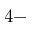
4 -